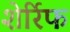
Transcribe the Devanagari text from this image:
शेर्रिफ